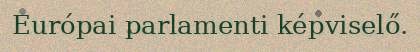
Európai parlamenti képviselő.